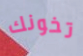
تخونك